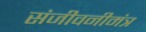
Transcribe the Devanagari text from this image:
संजीवनीमंत्र